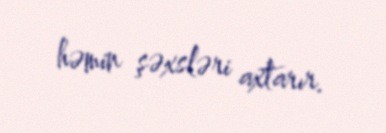
həmin şəxsləri axtarır.